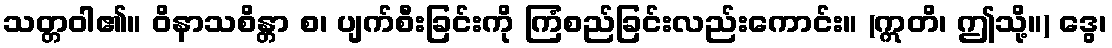
သတ္တဝါ၏။ ဝိနာသစိန္တာ စ၊ ပျက်စီးခြင်းကို ကြံစည်ခြင်းလည်းကောင်း။ (ဣတိ၊ ဤသို့။) ဒွေ၊